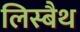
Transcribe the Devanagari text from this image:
लिस्बैथ